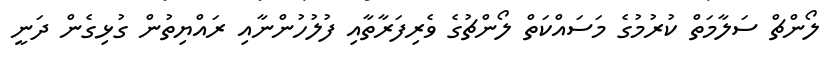
ލޯންޗް ސަލާމަތް ކުރުމުގެ މަސައްކަތް ލޯންޗުގެ ވެރިފަރާތާއި ފުލުހުންނާއި ރައްޔިތުން ގުޅިގެން ދަނީ